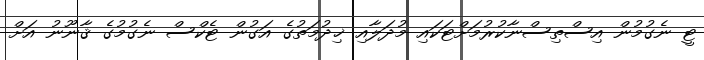
ޓީ ނެގުމުން އިސްތިސްނާކުރުމަށްޓަކައި މުދަލާއި ޚިދުމަތުގެ އަގުން ޓެކްސް ނެގުމުގެ ޤާނޫނު އަށް